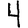
Digit: 4